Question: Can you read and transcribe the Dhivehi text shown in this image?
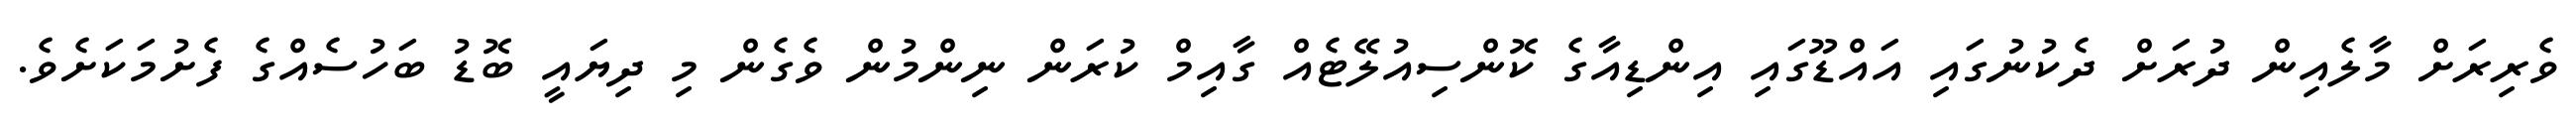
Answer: ވެރިރަށް މާލެއިން ދުރަށް ދެކުނުގައި އައްޑޫގައި އިންޑިއާގެ ކޮންސިއުލޭޓެއް ގާއިމް ކުރަން ނިންމުން ވެގެން މި ދިޔައީ ބޮޑު ބަހުސެއްގެ ފެށުމަކަށެވެ.